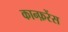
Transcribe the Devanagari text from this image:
कान्फ़रेंस